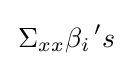
\,\Sigma _{xx}\beta _{i}\,'s